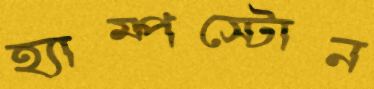
হ্যাম্পস্টোন